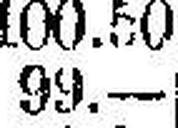
99.—